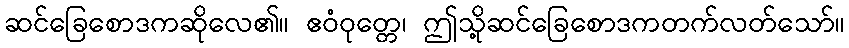
ဆင်ခြေစောဒကဆိုလေ၏။ ဧဝံဝုတ္တေ၊ ဤသို့ဆင်ခြေစောဒကတက်လတ်သော်။